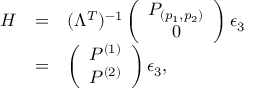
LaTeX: \begin{array} { r c l } { { { \cal H } } } & { { = } } & { { ( \Lambda ^ { T } ) ^ { - 1 } \left( \begin{array} { c } { { P _ { ( p _ { 1 } , p _ { 2 } ) } } } \\ { { 0 } } \end{array} \right) \epsilon _ { 3 } } } \\ { { } } & { { = } } & { { \left( \begin{array} { c } { { P ^ { ( 1 ) } } } \\ { { P ^ { ( 2 ) } } } \end{array} \right) \epsilon _ { 3 } , } } \end{array}